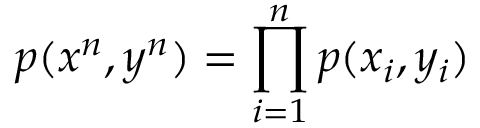
p ( x ^ { n } , y ^ { n } ) = \prod _ { i = 1 } ^ { n } p ( x _ { i } , y _ { i } )